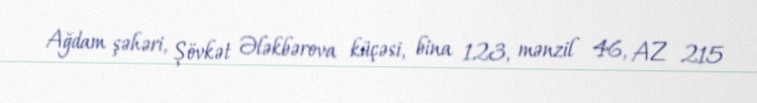
Ağdam şəhəri, Şövkət Ələkbərova küçəsi, bina 123, mənzil 46, AZ 215